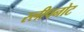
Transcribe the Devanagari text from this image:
स्लीपनोट